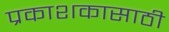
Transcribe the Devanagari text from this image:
प्रकाशकासाठी